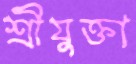
শ্রীযুক্তা